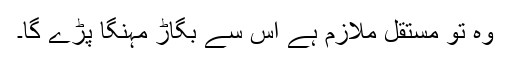
وہ تو مستقل ملازم ہے اس سے بگاڑ مہنگا پڑے گا۔